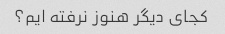
کجای دیگر هنوز نرفته ایم؟